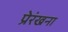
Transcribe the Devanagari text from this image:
प्रेरंखना